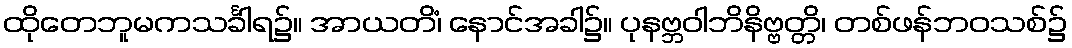
ထိုတေဘူမကသင်္ခါရ၌။ အာယတိံ၊ နောင်အခါ၌။ ပုနဗ္ဘဝါဘိနိဗ္ဗတ္တိ၊ တစ်ဖန်ဘဝသစ်၌